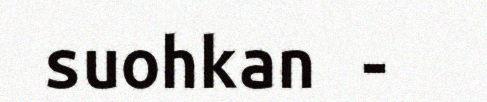
suohkan -